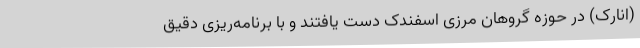
(انارک) در حوزه گروهان مرزی اسفندک دست یافتند و با برنامه‌ریزی دقیق